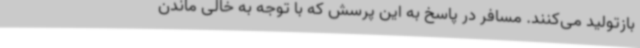
بازتولید می‌کنند. مسافر در پاسخ به این پرسش که با توجه به خالی ماندن